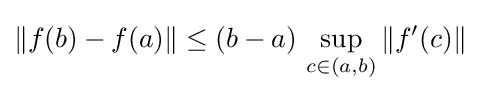
\|f(b)-f(a)\|\leq (b-a)\,\sup _{c\in (a,b)}\|f^{\prime }(c)\|